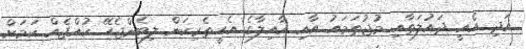
އަދި އެއީ ދައުލަތާއި މުޖުތަމައު އާއި އާއިލާގެ އެހީތެރިކަން ލިބެންޖެހޭ ކުއްޖެއް ކަމަށް